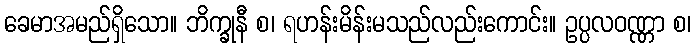
ခေမာအမည်ရှိသော။ ဘိက္ခုနီ စ၊ ရဟန်းမိန်းမသည်လည်းကောင်း။ ဥပ္ပလဝဏ္ဏာ စ၊